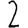
Digit: 2